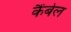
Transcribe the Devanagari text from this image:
कैंबेल